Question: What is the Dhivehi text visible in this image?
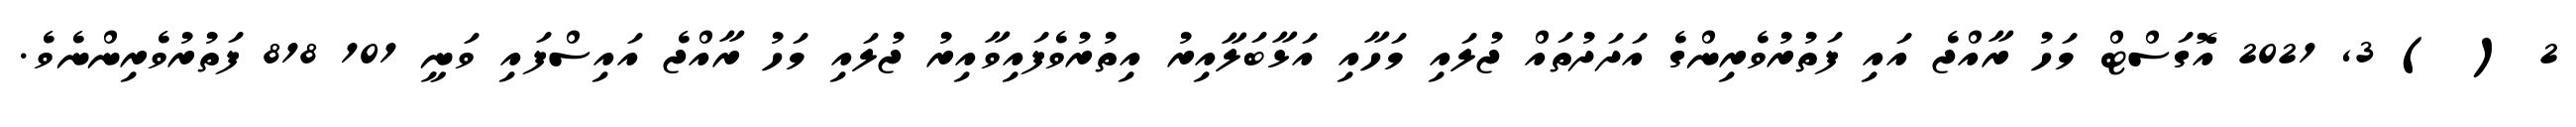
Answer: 2 ( ) 3, 2021 އޮގަސްޓް މަހު ރާއްޖެ އައި ފަތުރުވެރިންގެ އަދަދުތައް ޖުލައި މަހާއި އަޅާބަލާއިރު އިތުރުވެފައިވާއިރު ޖުލައި މަހު ރާއްޖެ އައިސްފައި ވަނީ 101 818 ފަތުރުވެރިންނެވެ.